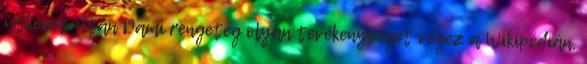
ütközés után Dami rengeteg olyan tevékenységet végez a Wikipédián,